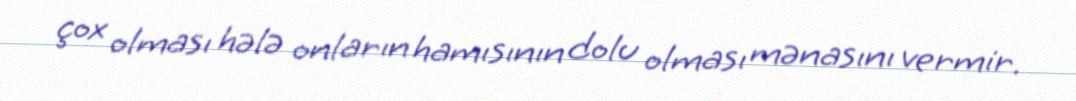
çox olması hələ onların hamısının dolu olması mənasını vermir.